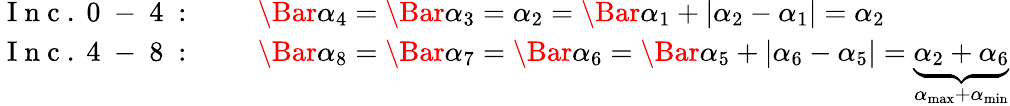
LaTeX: \begin{array}{rl}{\mathrm{~I~n~c~.~0~-~4~:~}\quad}&{{}\Bar{\alpha}_{4}=\Bar{\alpha}_{3}=\alpha_{2}=\Bar{\alpha}_{1}+|\alpha_{2}-\alpha_{1}|=\alpha_{2}}\\ {\mathrm{~I~n~c~.~4~-~8~:~}\quad}&{{}\Bar{\alpha}_{8}=\Bar{\alpha}_{7}=\Bar{\alpha}_{6}=\Bar{\alpha}_{5}+|\alpha_{6}-\alpha_{5}|=\underbrace{\alpha_{2}+\alpha_{6}}_{\alpha_{\mathrm{max}}+\alpha_{\mathrm{min}}}}\end{array}